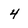
Character: 4